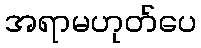
အရာမဟုတ်ပေ